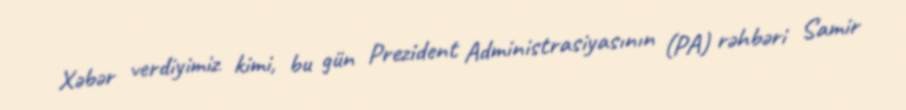
Xəbər verdiyimiz kimi, bu gün Prezident Administrasiyasının (PA) rəhbəri Samir